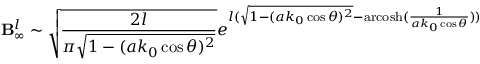
\mathbf { B } _ { \infty } ^ { l } \sim \sqrt { \frac { 2 l } { \pi \sqrt { 1 - ( a k _ { 0 } \cos \theta ) ^ { 2 } } } } e ^ { l ( \sqrt { 1 - ( a k _ { 0 } \cos \theta ) ^ { 2 } } - \mathrm { a r c o s h } ( \frac { 1 } { a k _ { 0 } \cos \theta } ) ) }